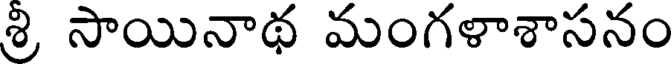
శ్రి సాయినాథ మంగళాశాసనం